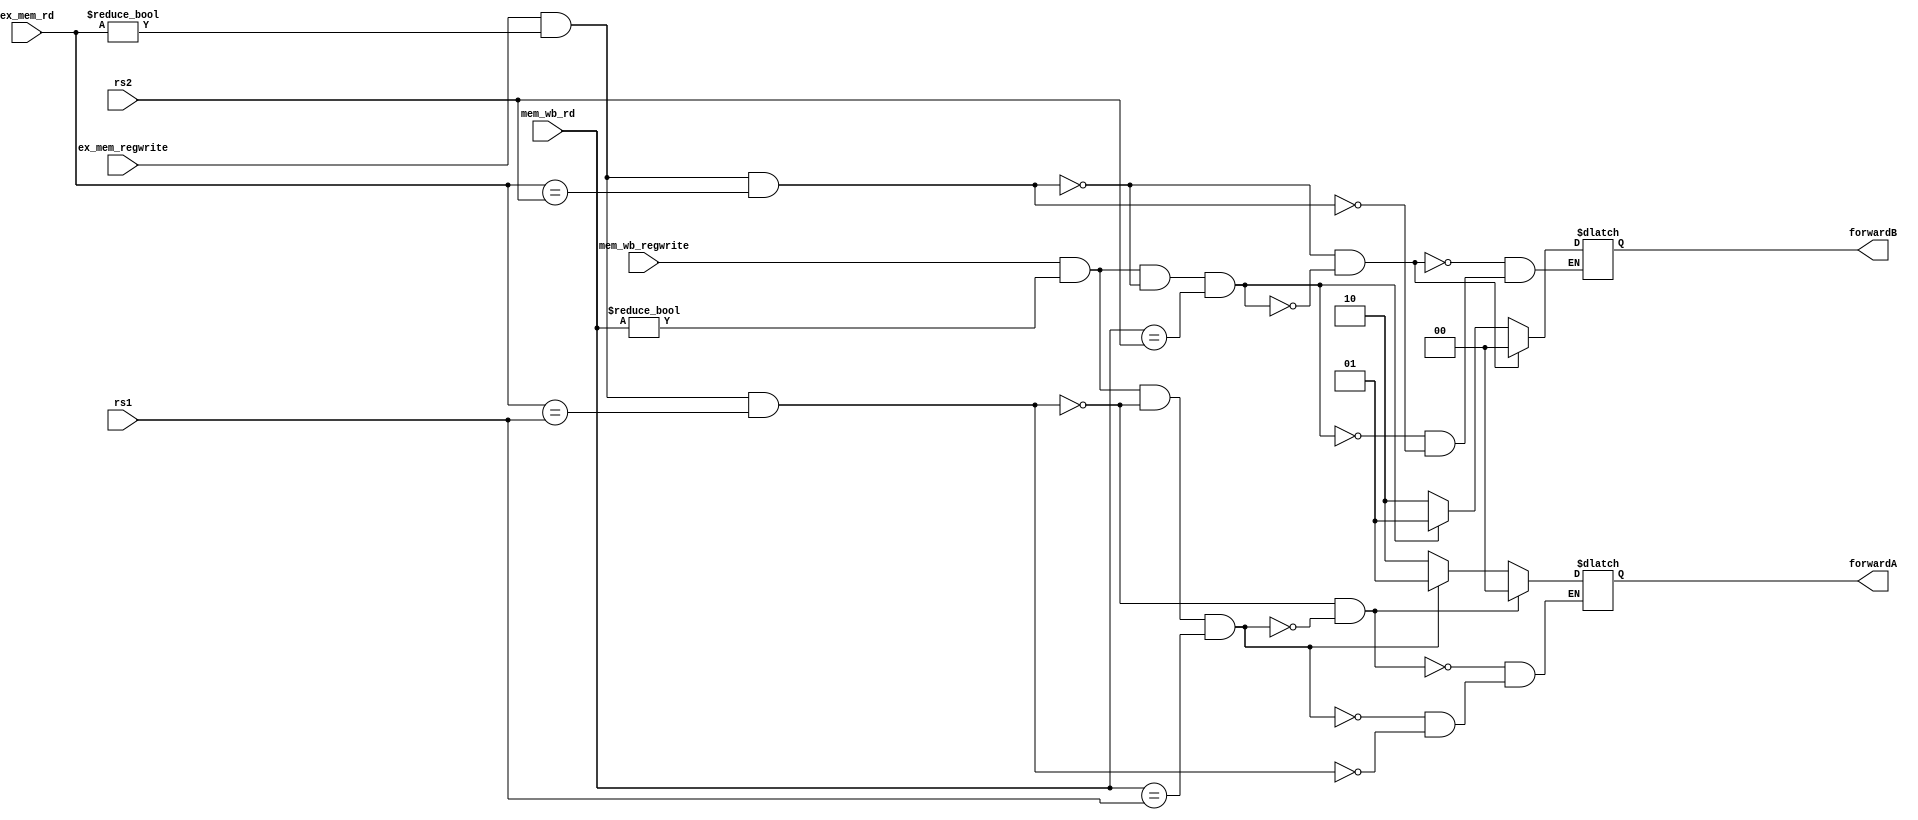
`timescale 1ns / 1ps
//////////////////////////////////////////////////////////////////////////////////
// Company: 
// Engineer: 
// 
// Design Name: 
// Module Name: forwarding
// Project Name: 
// Target Devices: 
// Tool Versions: 
// Description: 
// 
// Dependencies: 
// 
// Revision:
// Revision 0.01 - File Created
// Additional Comments:
// 
//////////////////////////////////////////////////////////////////////////////////


module forwarding(input [4:0] rs1,
                  input [4:0] rs2,
                  input [4:0] ex_mem_rd,
                  input [4:0] mem_wb_rd,
                  input ex_mem_regwrite,
                  input mem_wb_regwrite,
                  output reg [1:0] forwardA,forwardB);
    always@(*)
    begin
        if(ex_mem_regwrite && (ex_mem_rd != 0) && (ex_mem_rd == rs1)) //hazard on ex / rs1
            forwardA <= 2'b10;
        if(ex_mem_regwrite && (ex_mem_rd != 0) && (ex_mem_rd == rs2)) //hazard on ex / rs2
            forwardB <= 2'b10;
        if(mem_wb_regwrite && (mem_wb_rd != 0) && !(ex_mem_regwrite && (ex_mem_rd != 0) && (ex_mem_rd == rs1)) && (mem_wb_rd == rs1)) //hazard on mem / rs1
            forwardA <= 2'b01;
        if(mem_wb_regwrite && (mem_wb_rd != 0) && !(ex_mem_regwrite && (ex_mem_rd != 0) && (ex_mem_rd == rs2)) && (mem_wb_rd == rs2)) //hazard on mem / rs2
            forwardB <= 2'b01;
        if(!(ex_mem_regwrite && (ex_mem_rd != 0) && (ex_mem_rd == rs1)) && !(mem_wb_regwrite && (mem_wb_rd != 0) && !(ex_mem_regwrite && (ex_mem_rd != 0) && (ex_mem_rd == rs1)) && (mem_wb_rd == rs1))) //no hazard for rs1
            forwardA <= 2'b00;
        if(!(ex_mem_regwrite && (ex_mem_rd != 0) && (ex_mem_rd == rs2)) && !(mem_wb_regwrite && (mem_wb_rd != 0) && !(ex_mem_regwrite && (ex_mem_rd != 0) && (ex_mem_rd == rs2)) && (mem_wb_rd == rs2))) //no hazard for rs2
            forwardB <= 2'b00;
    end
endmodule